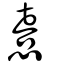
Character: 憙